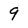
Character: 9